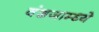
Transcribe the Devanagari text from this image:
वंशजाम्ध्ये